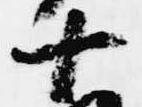
十